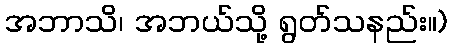
အဘာသိ၊ အဘယ်သို့ ရွတ်သနည်း။)